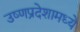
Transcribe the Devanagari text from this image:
उष्णप्रदेशामध्ये